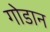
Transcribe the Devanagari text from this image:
गोडान